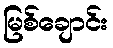
မြစ်ချောင်း